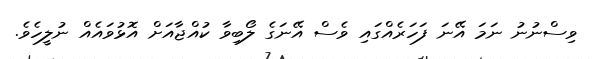
ވިސްނުނު ނަމަ އޭނަ ފަހަރެއްގައި ވެސް އޭނަގެ ލޯބިވާ ކުއްޖާއަށް އޮޅުވައެއް ނުލީހެވެ.